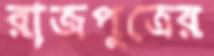
রাজপুত্রের